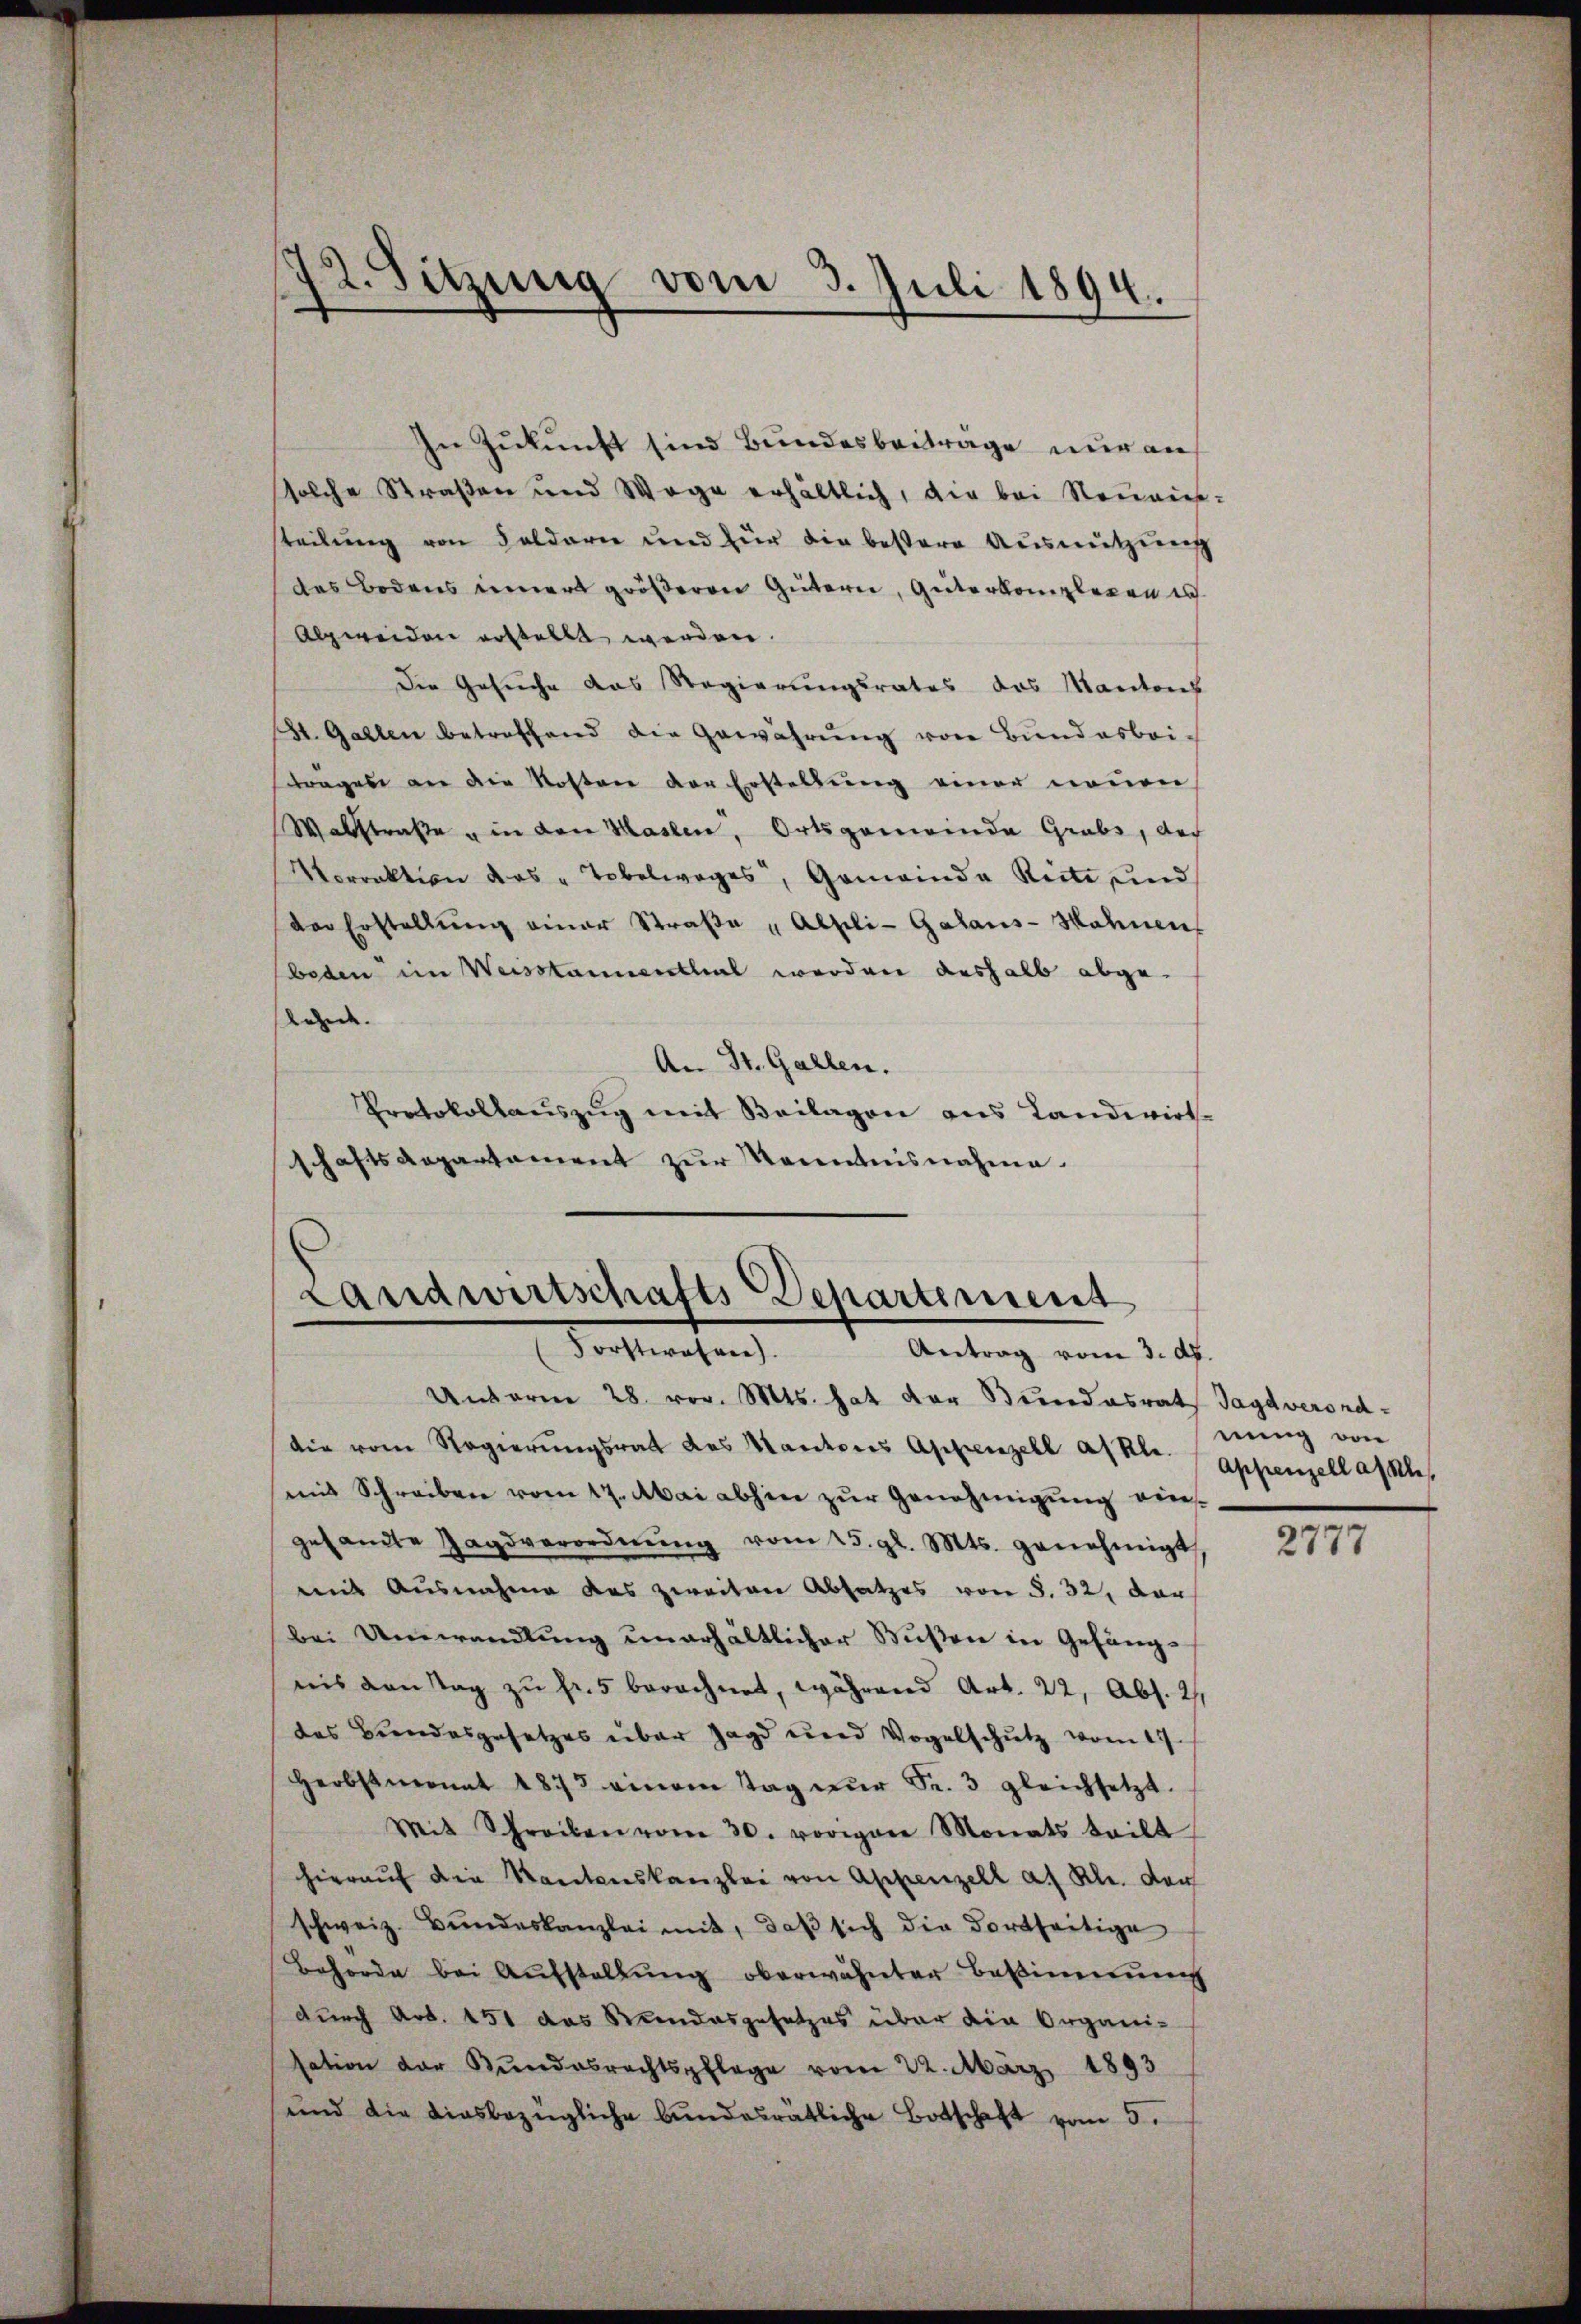
72. Sitzung vom 3. Juli 1894.

In Zukunft sind Bundesbeiträge nur an
solche Straßen und Wege erhältlich, die bei Neueinsteilung von Soldare und für die bestere Ausnutzung
das Bodens inner größeren Gütern, Güterkomplexen es
Alpweiden erstellt werden.
Die Gesuche das Regierungsrates des Mantons
St. Gallen betreffend die Gewährung von Bundesbei-
Fragen an die Kosten der Erstellung einer neuen
Walstraße in den Haslen, Ortsgemeinde Grubs, doch
Vorrektion das "Tobelwages, Gemeinda Reite und
der Erstellung einer Straße „Abhili-Galans-Hahnen
beden im Weisstaunenthal werden deshalb abgekunde.
An St. Gallen.
Protokollaŭszŭg mit Beilagen aus Landwirt-
schaftsdepartament zur Kenntnisnahme.

Landwirtschafts Departement
Vorstwahren.
Antrag vom 3. d.

Unterm 28. vor. Mts. hat der Bundesrath Jagd verorddie vom Regierŭngsrat des Kantores Appenzell afkle.
mit Schreiben vom 17. Mai abhin zŭr Genehmigŭng ein-
gesandte Zagsverordnŭng vom 25. gl. Mts. genehmigt
mit Ausnahme das zweiten Absatzes von S. 32, dar
bei Umwandlung unerhältlicher Bußen in Gefängnis danstag zŭ fr. 5 berechnet, während Art. 22, Abs. 2,
des Bundesgesetzes über Jagd und Vogelschutz vom 17.
Herbstmonat 1873 einem Tag nŭr Fr. 3 gleichsetzt.
Mit Schreiben vom 30. vorigere Monats teilt
hieraŭf die Kantonskanzlei von Appenzell a. Rh. der
schweiz. Bŭndeskanzlei mit, daβ sich die Fortseitige
Behörde bei Aŭfstellŭng oberwähnter Bestimmung
durch Art. 151 das Rendesgesetzes über die Organi-
sation der Bundesrechtspflege vom 22. März 1893
und die diesbezügliche bundesratliche Botschaft vom 5.

nung von
Appenzell assel,

2777